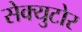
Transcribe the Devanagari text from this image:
सेक्युटोर